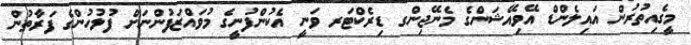
މީގެއިތުރުން އައިލެންޑް އޭވިއޭޝަންގެ މެނޭޖިންގ ޑިރެކްޓަރ ވަނީ އެކުންފުނީގެ މުވައްޒަފުންނަށް ފުލުހުންގެ ފަރާތުން